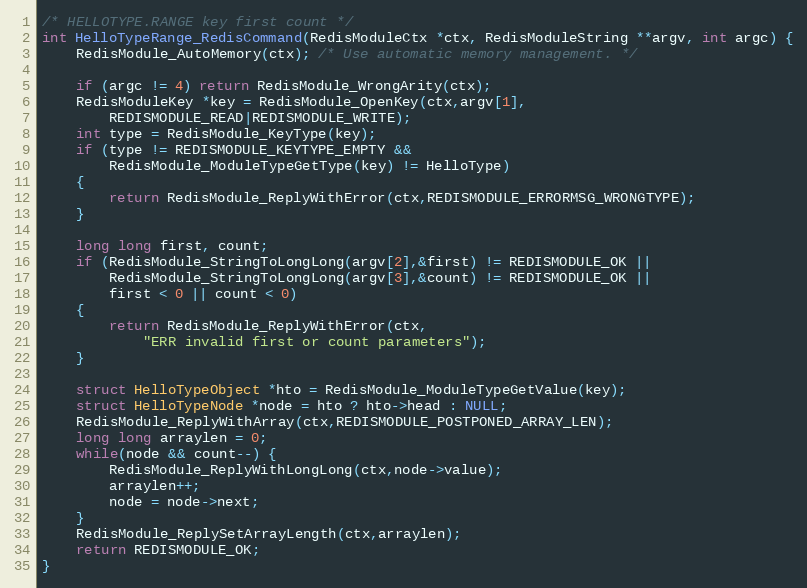
Language: C
/* HELLOTYPE.RANGE key first count */
int HelloTypeRange_RedisCommand(RedisModuleCtx *ctx, RedisModuleString **argv, int argc) {
    RedisModule_AutoMemory(ctx); /* Use automatic memory management. */

    if (argc != 4) return RedisModule_WrongArity(ctx);
    RedisModuleKey *key = RedisModule_OpenKey(ctx,argv[1],
        REDISMODULE_READ|REDISMODULE_WRITE);
    int type = RedisModule_KeyType(key);
    if (type != REDISMODULE_KEYTYPE_EMPTY &&
        RedisModule_ModuleTypeGetType(key) != HelloType)
    {
        return RedisModule_ReplyWithError(ctx,REDISMODULE_ERRORMSG_WRONGTYPE);
    }

    long long first, count;
    if (RedisModule_StringToLongLong(argv[2],&first) != REDISMODULE_OK ||
        RedisModule_StringToLongLong(argv[3],&count) != REDISMODULE_OK ||
        first < 0 || count < 0)
    {
        return RedisModule_ReplyWithError(ctx,
            "ERR invalid first or count parameters");
    }

    struct HelloTypeObject *hto = RedisModule_ModuleTypeGetValue(key);
    struct HelloTypeNode *node = hto ? hto->head : NULL;
    RedisModule_ReplyWithArray(ctx,REDISMODULE_POSTPONED_ARRAY_LEN);
    long long arraylen = 0;
    while(node && count--) {
        RedisModule_ReplyWithLongLong(ctx,node->value);
        arraylen++;
        node = node->next;
    }
    RedisModule_ReplySetArrayLength(ctx,arraylen);
    return REDISMODULE_OK;
}